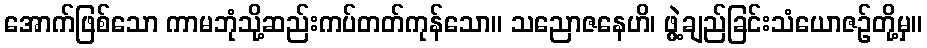
အောက်ဖြစ်သော ကာမဘုံသို့ဆည်းကပ်တတ်ကုန်သော။ သညောဇနေဟိ၊ ဖွဲ့ချည်ခြင်းသံယောဇဉ်တို့မှ။